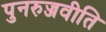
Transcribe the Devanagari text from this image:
पुनरुज्जवीति